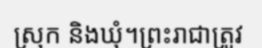
ស្រុក និងឃុំ។ព្រះរាជាត្រូវ